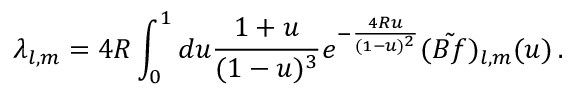
\lambda _ { l , m } = 4 R \int _ { 0 } ^ { 1 } d u \frac { 1 + u } { ( 1 - u ) ^ { 3 } } e ^ { - \frac { 4 R u } { ( 1 - u ) ^ { 2 } } } ( \tilde { B f } ) _ { l , m } ( u ) \, .